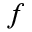
f